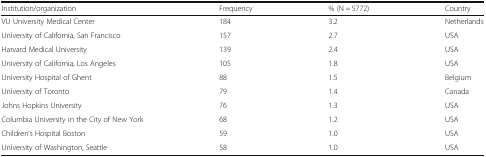
<table><thead><tr><td><b>Institution/organization</b></td><td><b>Frequency</b></td><td><b>% (N = 5772)</b></td><td><b>Country</b></td></tr></thead><tbody><tr><td>VU University Medical Center</td><td>184</td><td>3.2</td><td>Netherlands</td></tr><tr><td>University of California, San Francisco</td><td>157</td><td>2.7</td><td>USA</td></tr><tr><td>Harvard Medical University</td><td>139</td><td>2.4</td><td>USA</td></tr><tr><td>University of California, Los Angeles</td><td>105</td><td>1.8</td><td>USA</td></tr><tr><td>University Hospital of Ghent</td><td>88</td><td>1.5</td><td>Belgium</td></tr><tr><td>University of Toronto</td><td>79</td><td>1.4</td><td>Canada</td></tr><tr><td>Johns Hopkins University</td><td>76</td><td>1.3</td><td>USA</td></tr><tr><td>Columbia University in the City of New York</td><td>68</td><td>1.2</td><td>USA</td></tr><tr><td>Children’s Hospital Boston</td><td>59</td><td>1.0</td><td>USA</td></tr><tr><td>University of Washington, Seattle</td><td>58</td><td>1.0</td><td>USA</td></tr></tbody></table>